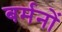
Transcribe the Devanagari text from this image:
बर्मनों